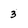
Character: 3